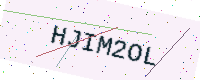
Text: HJIM2OL